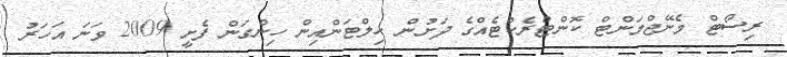
ރިސޯޓް މެނޭޖްމަންޓް ކޮންޓްރެކްޓެއްގެ ދަށުން ހިލްޓަންއިން ހިންގަން ފެށީ 2009 ވަނަ އަހަރު